Reports on military cantonments and civil stations in the Presidency of Bombay inspected by the Sanitary Commissioner in the years 1875 and 1876
Year: 1875
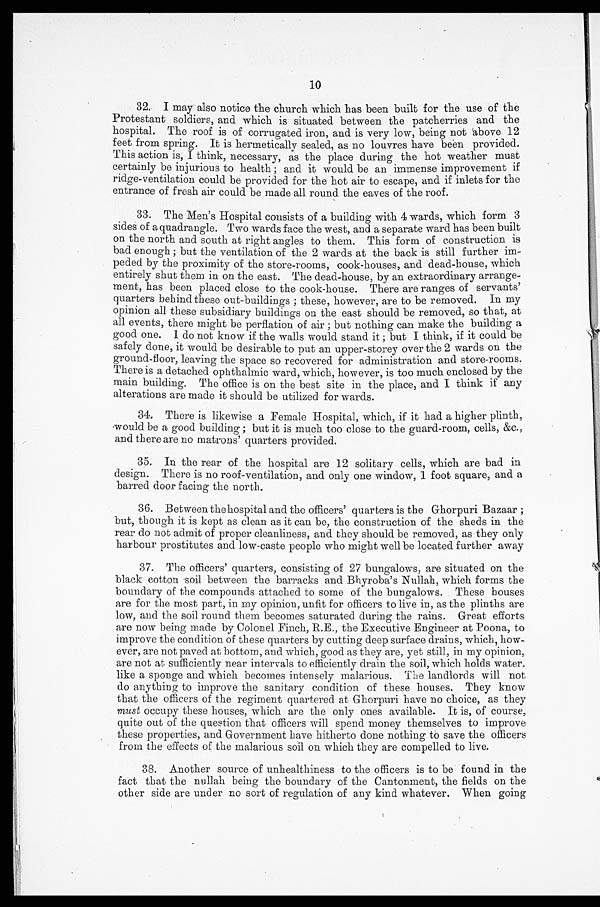
10
32. I may also notice the church which has been built for the use of the
Protestant soldiers, and which is situated between the patcherries and the
hospital. The roof is of corrugated iron, and is very low, being not above 12
feet from spring. It is hermetically sealed, as no louvres have been provided.
This action is, I think, necessary, as the place during the hot weather must
certainly be injurious to health; and it would be an immense improvement if
ridge-ventilation could be provided for the hot air to escape, and if inlets for the
entrance of fresh air could be made all round the eaves of the roof.
33. The Men's Hospital consists of a building with 4 wards, which form 3
sides of a quadrangle. Two wards face the west, and a separate ward has been built
on the north and south at right angles to them. This form of construction is
bad enough; but the ventilation of the 2 wards at the back is still further im-
peded by the proximity of the store-rooms, cook-houses, and dead-house, which
entirely shut them in on the east. The dead-house, by an extraordinary arrange-
ment, has been placed close to the cook-house. There are ranges of servants'
quarters behind these out-buildings; these, however, are to be removed. In my
opinion all these subsidiary buildings on the east should be removed, so that, at
all events, there might be perflation of air; but nothing can make the building a
good one. I do not know if the walls would stand it; but I think, if it could be
safely done, it would be desirable to put an upper-storey over the 2 wards on the
ground-floor, leaving the space so recovered for administration and store-rooms.
There is a detached ophthalmic ward, which, however, is too much enclosed by the
main building. The office is on the best site in the place, and I think if any
alterations are made it should be utilized for wards.
34. There is likewise a Female Hospital, which, if it had a higher plinth,
would be a good building; but it is much too close to the guard-room, cells, &c.,
and there are no matrons' quarters provided.
35. In the rear of the hospital are 12 solitary cells, which are bad in
design. There is no roof-ventilation, and only one window, 1 foot square, and a
barred door facing the north.
36. Between the hospital and the officers' quarters is the Ghorpuri Bazaar;
but, though it is kept as clean as it can be, the construction of the sheds in the
rear do not admit of proper cleanliness, and they should be removed, as they only
harbour prostitutes and low-caste people who might well be located further away
37. The officers' quarters, consisting of 27 bungalows, are situated on the
black cotton soil between the barracks and Bhyroba's Nullah, which forms the
boundary of the compounds attached to some of the bungalows. These houses
are for the most part, in my opinion, unfit for officers to live in, as the plinths are
low, and the soil round them becomes saturated during the rains. Great efforts
are now being made by Colonel Finch, R.E., the Executive Engineer at Poona, to
improve the condition of these quarters by cutting deep surface drains, which, how-
- e v e r , a r e n o t p a v e d a t b o t t o m , a n d w h i c h , g o o d a s t h e y a r e , y e t s t i l l , i n m y o p i n i o n ,
are not at sufficiently near intervals to efficiently drain the soil, which holds water.
like a sponge and which becomes intensely malarious. The landlords will not
do anything to improve the sanitary condition of these houses. They know
that the officers of the regiment quartered at Ghorpuri have no choice, as they
must occupy these houses, which are the only ones available. It is, of course,
quite out of the question that officers will spend money themselves to improve
these properties, and Government have hitherto done nothing to save the officers
from the effects of the malarious soil on which they are compelled to live.
38. Another source of unhealthiness to the officers is to be found in the
fact that the nullah being the boundary of the Cantonment, the fields on the
other side are under no sort of regulation of any kind whatever. When going